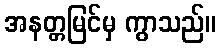
အနတ္တမြင်မှ ကွာသည်။